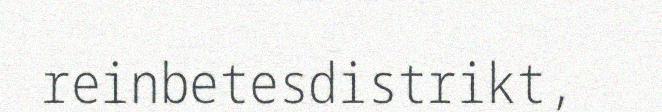
reinbetesdistrikt,